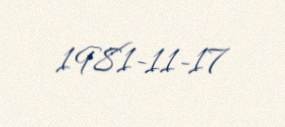
1981-11-17